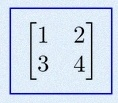
\begin{bmatrix}1&2\\3&4\end{bmatrix}